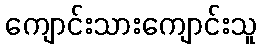
ကျောင်းသားကျောင်းသူ